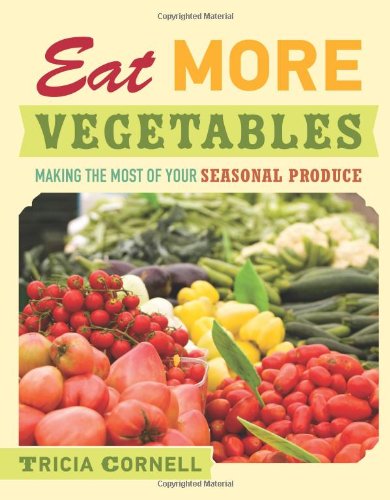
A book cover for Eat More Vegetables: Making the Most of Your Seasonal Produce; Tricia Cornell; Cookbooks, Food & Wine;